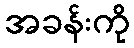
အခန်းကို